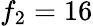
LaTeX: f_{2}=16